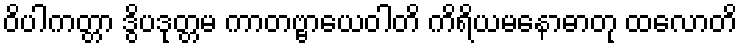
ဝိပါကတ္တာ ဒွိပဒုတ္တမ ကာတဗ္ဗာယေဝါတိ ကိရိယမနောဓာတု ထလောတိ